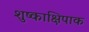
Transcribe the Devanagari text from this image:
शुष्काक्षिपाक